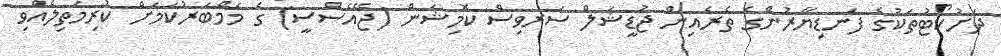
ދަށުކޯޓުތަކުގެ ފަނޑިޔާރުންގެ ތެރެއިން ޖުޑީޝަލް ސަރވިސް ކޮމިޝަން (ޖޭއެސްސީ) ގެ މެމްބަރުކަމަށް ކުރިމަތިލެއްވި